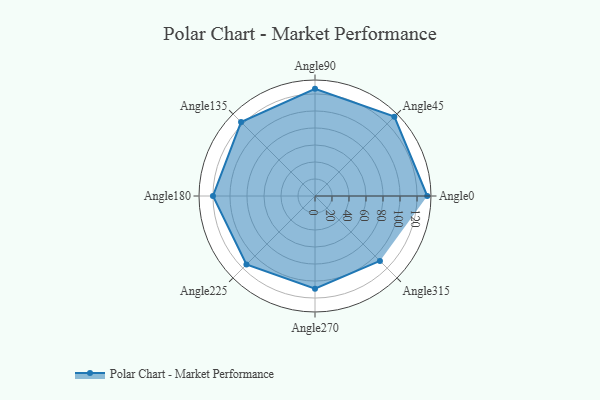
{"axis": {"x": "Angle", "y": "Radius"}, "legend": [""], "data": [{"x": "Angle0", "y": 132.0, "type": ""}, {"x": "Angle45", "y": 132.0, "type": ""}, {"x": "Angle90", "y": 126.0, "type": ""}, {"x": "Angle135", "y": 123.0, "type": ""}, {"x": "Angle180", "y": 120.0, "type": ""}, {"x": "Angle225", "y": 114.0, "type": ""}, {"x": "Angle270", "y": 109.0, "type": ""}, {"x": "Angle315", "y": 108.0, "type": ""}]}